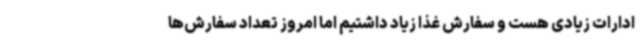
ادارات زیادی هست و سفارش غذا زیاد داشتیم اما امروز تعداد سفارش‌ها